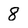
Character: 8